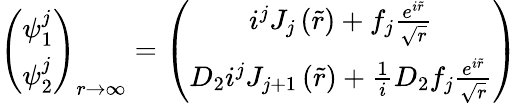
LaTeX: \left(\begin{array}{c}{{\psi_{1}^{j}}}\\ {{\psi_{2}^{j}}}\end{array}\right)_{r\to\infty}=\left(\begin{array}{c}{{i^{j}J_{j}\left(\tilde{r}\right)+f_{j}\frac{e^{i\tilde{r}}}{\sqrt{r}}}}\\ {{D_{2}i^{j}J_{j+1}\left(\tilde{r}\right)+\frac{1}{i}D_{2}f_{j}\frac{e^{i\tilde{r}}}{\sqrt{r}}}}\end{array}\right)